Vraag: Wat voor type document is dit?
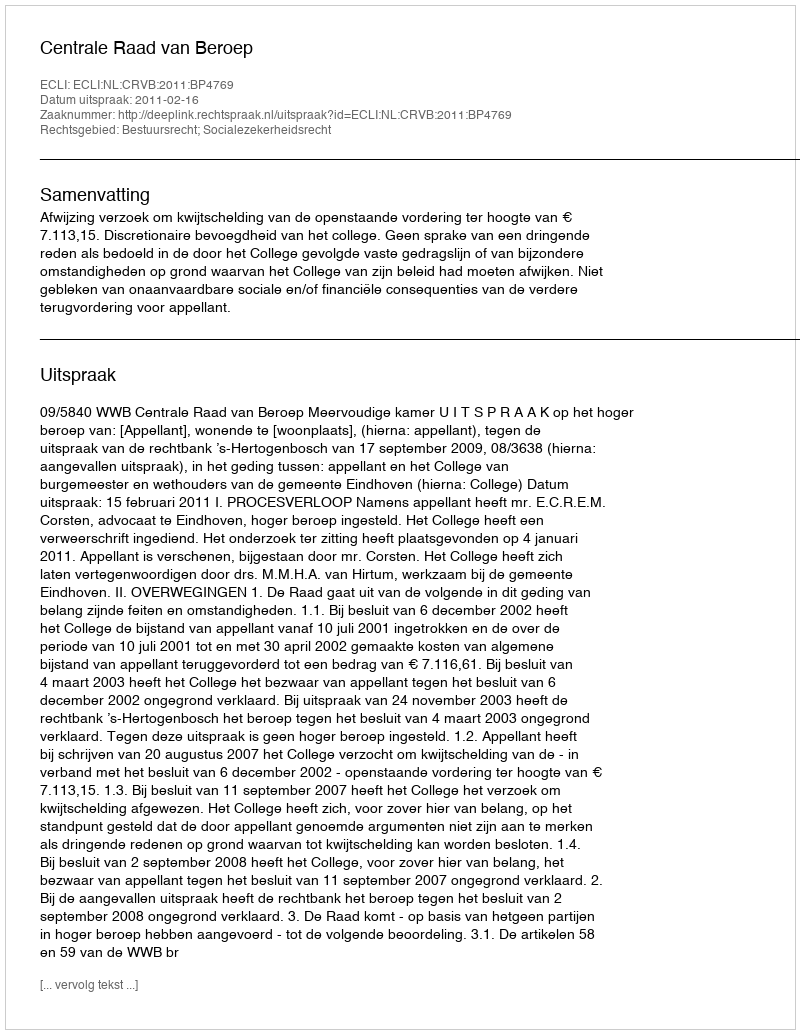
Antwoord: Uitspraak